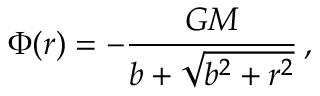
\Phi ( r ) = - \frac { G M } { b + \sqrt { b ^ { 2 } + r ^ { 2 } } } \, ,